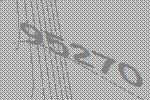
95270